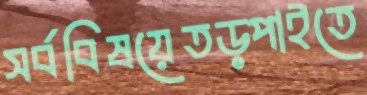
সর্ববিষয়েতড়্‌পাইতে